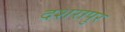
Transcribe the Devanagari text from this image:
दशरापुर